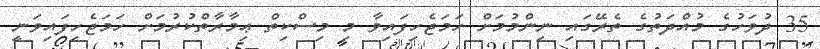
35 ދުވަހުގެ މުއްދަތުގެ ތެރޭގައި ނިންމުމަށް ހަމަޖެހިފައިވާ މި މިސްކިތް ޢިމާރާތްކުރުމަށް ހަމަޖެހިފައިވަނީ